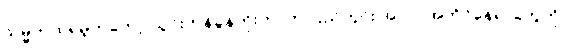
သမ္မတထရမ့်ကတော့ သွင်းကုန်ခွန်တိုးတာက ပြည်တွင်း အလုပ်အကိုင်နေရာတွေကို